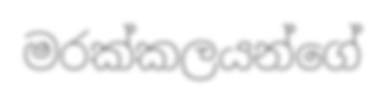
මරක්කලයන්ගේ